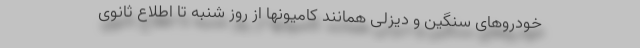
خودروهای سنگین و دیزلی همانند کامیونها از روز شنبه تا اطلاع ثانوی